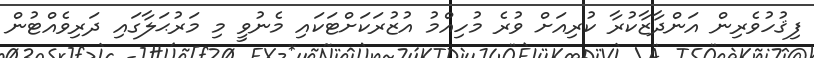
ފިޤުހުވެރިން އަންދާޒާކުރާ ކުރިއަށް ވުރެ މުހިއްމު އުޒުރަކަށްޓަކައި މެނުވީ މި މަރުޙަލާގައި ދަރިވެއްޓުން